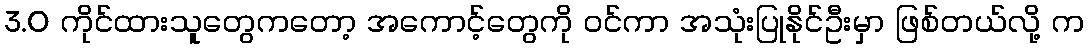
3.0 ကိုင်ထားသူတွေကတော့ အကောင့်တွေကို ဝင်ကာ အသုံးပြုနိုင်ဦးမှာ ဖြစ်တယ်လို့ က